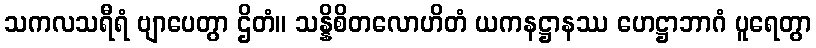
သကလသရီရံ ဗျာပေတွာ ဌိတံ။ သန္နိစိတလောဟိတံ ယကနဋ္ဌာနဿ ဟေဋ္ဌာဘာဂံ ပူရေတွာ